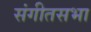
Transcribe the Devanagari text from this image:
संगीतसभा